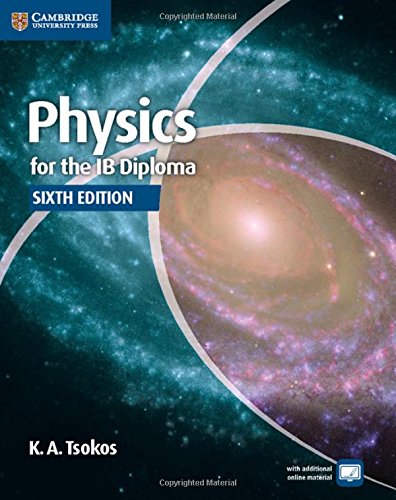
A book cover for Physics for the IB Diploma Coursebook; K. A. Tsokos; Teen & Young Adult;